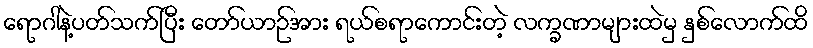
ရောဂါနဲ့ပတ်သက်ပြီး တော်ယာဉ်အား ရယ်စရာကောင်းတဲ့ လက္ခဏာများထဲမှ နှစ်လောက်ထိ